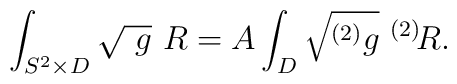
\int_{S^2 \times D} \sqrt{\ g}\ R = A\int_{D}\sqrt{ ^{(2)}g}\ ^{(2)}\!R.